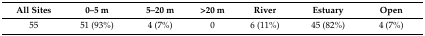
| All Sites | 0–5 m | 5–20 m | >20 m | River | Estuary | Open |
 | --- | --- | --- | --- | --- | --- | --- |
 | 55 | 51 (93%) | 4 (7%) | 0 | 6 (11%) | 45 (82%) | 4 (7%) |